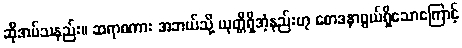
ဆိုအပ်သနည်း။ ဆရာစကား အဘယ်သို့ ယုတ္တိရှိအံ့နည်းဟု စောဒနာဖွယ်ရှိသောကြောင့်